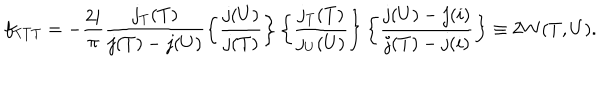
LaTeX: f _ { T T T } = - { \frac { 2 i } { \pi } } \frac { j _ { T } ( T ) } { j ( T ) - j ( U ) } \left\{ \frac { j ( U ) } { j ( T ) } \right\} \left\{ \frac { j _ { T } ( T ) } { j _ { U } ( U ) } \right\} \left\{ \frac { j ( U ) - j ( i ) } { j ( T ) - j ( i ) } \right\} \equiv 2 W ( T , U ) .